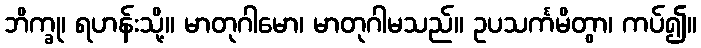
ဘိက္ခု၊ ရဟန်းသို့။ မာတုဂါမော၊ မာတုဂါမသည်။ ဥပသင်္ကမိတွာ၊ ကပ်၍။